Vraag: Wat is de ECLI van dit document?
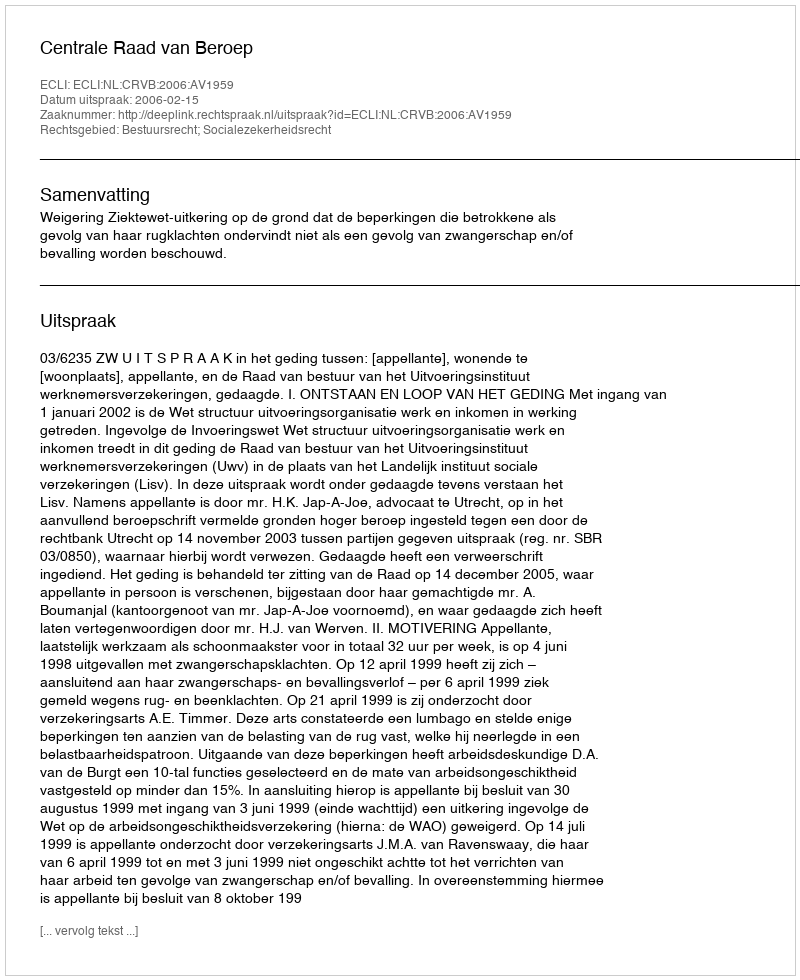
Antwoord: ECLI:NL:CRVB:2006:AV1959